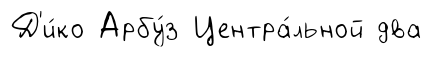
Д'и́ко Арбу́з Центра́льной два